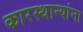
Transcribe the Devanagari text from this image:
कारस्थान्यांना